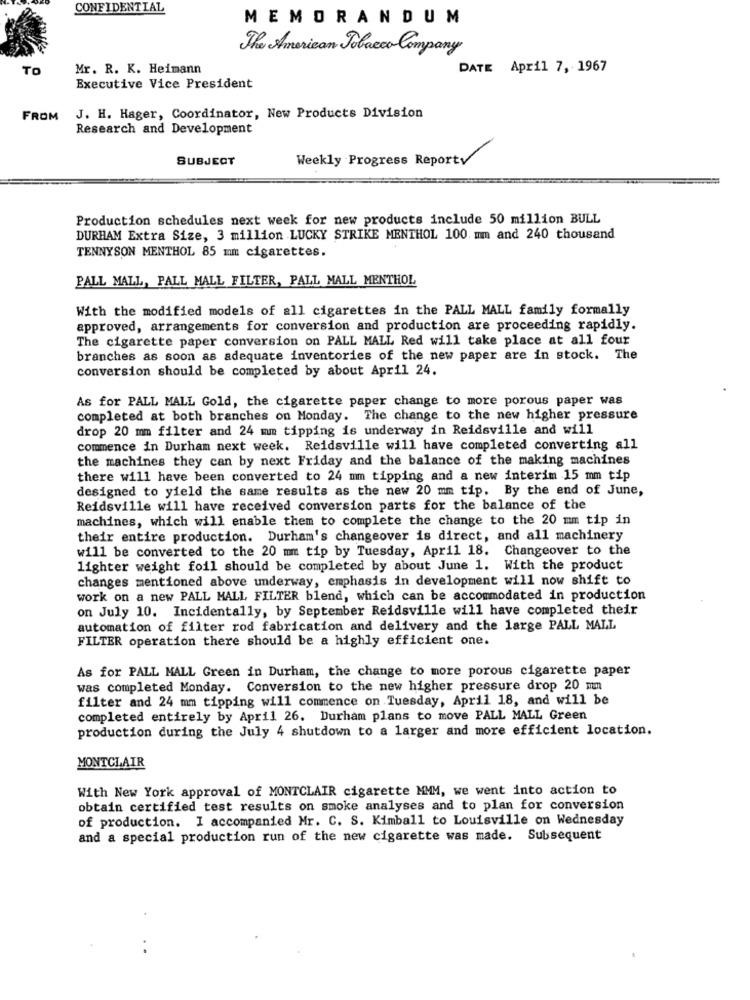
CONFIDENTIAL
MEMORANDUM
The American Tobacco Company
TO
Mr. R. K. Heimann
DATE April 7, 1967
Executive Vice President
FROM
J. H. Hager, Coordinator, New Products Division
Research and Development
SUBJECT
Weekly Progress Reporty
Production schedules next week for new products include 50 million BULL
DURHAM Extra Size, 3 million LUCKY STRIKE MENTHOL 100. mm and 240 thousand
TENNYSON MENTHOL 85 mm cigarettes.
PALL MALL, PALL MALL FILTER, PALL MALL MENTHOL
With the modified models of all cigarettes in the PALL MALL family formally
approved, arrangements for conversion and production are proceeding rapidly.
The cigarette paper conversion on PALL MALL Red will take place at all four
branches as soon as adequate inventories of the new paper are in stock. The
conversion should be completed by about April 24.
As for PALL MALL Gold, the cigarette paper change to more porous paper was
completed at both branches on Monday. The change to the new higher pressure
drop 20 mm filter and 24 mm tipping is underway in Reidsville and will
commence in Durham next week. Reidsville will have completed converting all
the machines they can by next Friday and the balance of the making machines
there will have been converted to 24 mm tipping and a new interim 15 mm tip
designed to yield the same results as the new 20 mm tip. By the end of June,
Reidsville will have received conversion parts for the balance of the
machines, which will enable them to complete the change to the 20 mm tip in
their entire production. Durham's changeover is direct, and all machinery
will be converted to the 20 mm tip by Tuesday, April 18. Changeover to the
lighter weight foil should be completed by about June 1. With the product
changes mentioned above underway, emphasis in development will now shift to
work on a new PALL MALL FILTER blend, which can be accommodated in production
on July 10. Incidentally, by September Reidsville will have completed their
automation of filter rod fabrication and delivery and the large PALL MALL
FILTER operation there should be a highly efficient one.
As for PALL MALL Green in Durham, the change to more porous cigarette paper
was completed Monday. Conversion to the new higher pressure drop 20 mm
filter and 24 mm tipping will commence on Tuesday, April 18, and will be
completed entirely by April 26. Durham plans to move PALL MALL Green
production during the July 4 shutdown to a larger and more efficient location.
MONTCLAIR
With New York approval of MONTCLAIR cigarette MMM, we went into action to
obtain certified test results on smoke analyses and to plan for conversion
of production. I accompanied Mr. C. S. Kimball to Louisville on Wednesday
and a special production run of the new cigarette was made. Subsequent